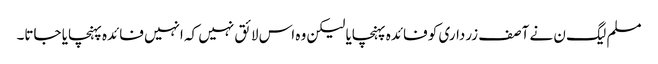
مسلم لیگ ن نے آصف زرداری کو فائدہ پہنچایا لیکن وہ اس لائق نہیں کہ انہیں فائدہ پہنچایا جاتا۔